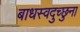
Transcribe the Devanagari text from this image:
बाधस्वदुच्छुना